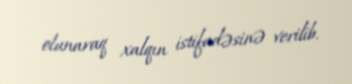
olunaraq xalqın istifadəsinə verilib.